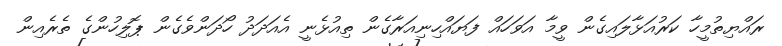
ރައްޔިތުމީހާ ކަރުއަޅާލައިގެން ވީމާ އަވަހައް ފަޔައްހިނިއަރާގެން ތިއުޅެނީ އެއަދަދު ހޯދަންވެގެން ޕޮލިހުންގެ ތެރެއިން